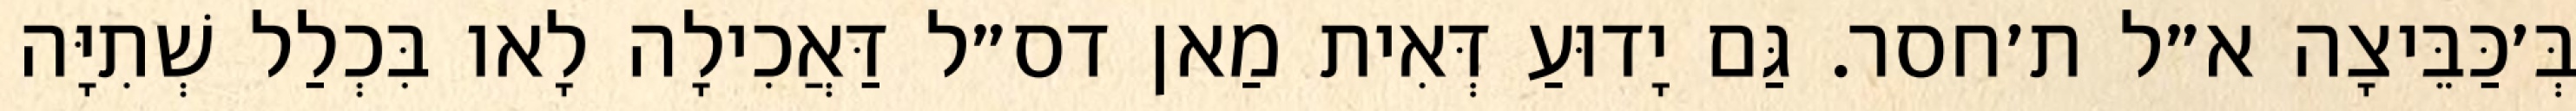
בְּ׳כַּבֵּיצָה א״ל ת׳חסר. גַּם יָדוּעַ דְּאִית מַאן דס״ל דַּאֲכִילָה לָאו בִּכְלַל שְׁתִיָּה